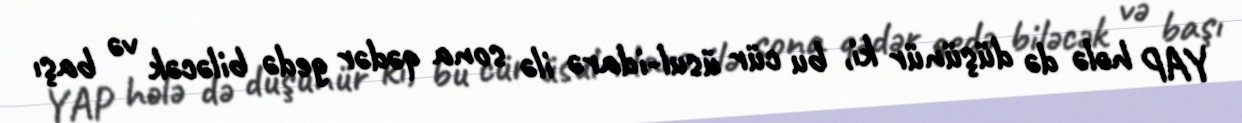
YAP hələ də düşünür ki, bu cür üsul-idarə ilə sona qədər gedə biləcək və başı